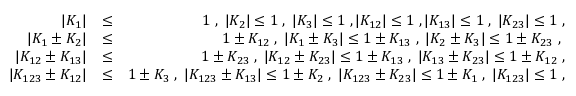
\begin{array} { r l r } { | K _ { 1 } | } & { \le } & { 1 \; , \; | K _ { 2 } | \le 1 \; , \; | K _ { 3 } | \le 1 \; , | K _ { 1 2 } | \le 1 \; , | K _ { 1 3 } | \le 1 \; , \; | K _ { 2 3 } | \le 1 \; , } \\ { \vert K _ { 1 } \pm K _ { 2 } \vert } & { \le } & { 1 \pm K _ { 1 2 } \; , \; \vert K _ { 1 } \pm K _ { 3 } \vert \le 1 \pm K _ { 1 3 } \; , \; \vert K _ { 2 } \pm K _ { 3 } \vert \le 1 \pm K _ { 2 3 } \; , \; } \\ { \vert K _ { 1 2 } \pm K _ { 1 3 } \vert } & { \le } & { 1 \pm K _ { 2 3 } \; , \; \vert K _ { 1 2 } \pm K _ { 2 3 } \vert \le 1 \pm K _ { 1 3 } \; , \; \vert K _ { 1 3 } \pm K _ { 2 3 } \vert \le 1 \pm K _ { 1 2 } \; , } \\ { \vert K _ { 1 2 3 } \pm K _ { 1 2 } \vert } & { \le } & { 1 \pm K _ { 3 } \; , \; \vert K _ { 1 2 3 } \pm K _ { 1 3 } \vert \le 1 \pm K _ { 2 } \; , \; \vert K _ { 1 2 3 } \pm K _ { 2 3 } \vert \le 1 \pm K _ { 1 } \; , \; | K _ { 1 2 3 } | \le 1 \; , } \end{array}